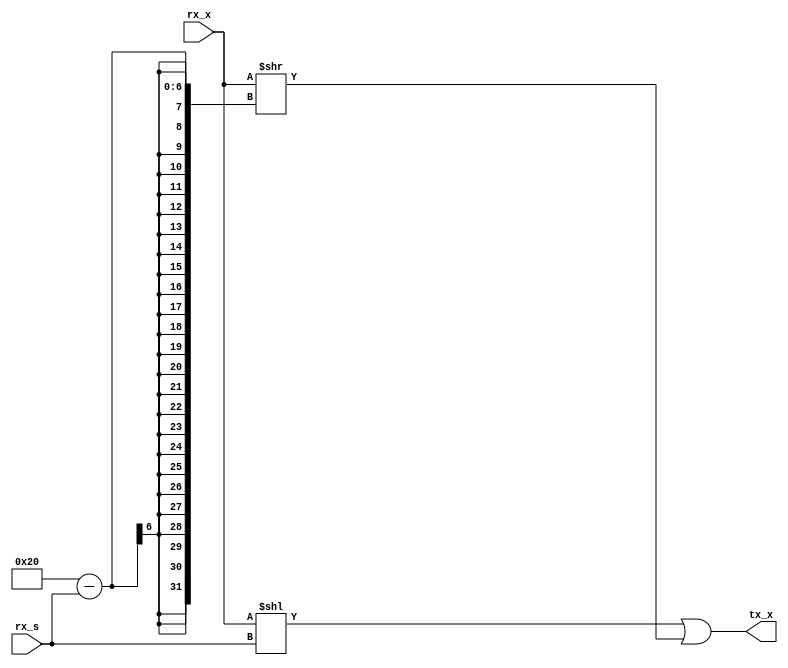
module ripemd160_rol (
	input [3:0] rx_s,
	input [31:0] rx_x,
	output [31:0] tx_x
);
	assign tx_x = (rx_x << rx_s) | (rx_x >> (32 - rx_s));
endmodule